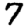
Digit: 7